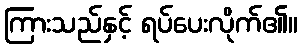
ကြားသည်နှင့် ရပ်ပေးလိုက်၏။